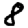
Digit: 8